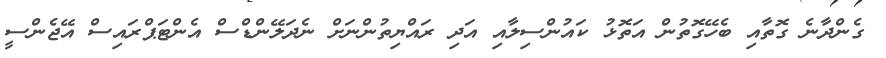
ގެންދާނެ ގޮތާއި ބެހޭގޮތުން އަތޮޅު ކައުންސިލާއި އަދި ރައްޔިތުންނަށް ނެދަލޭންޑްސް އެންޓަޕްރައިސް އޭޖެންސީ